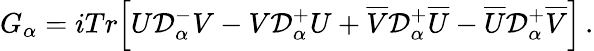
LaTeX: G_{\alpha}=iTr\Big[U{\cal D}_{\alpha}^{-}V-V{\cal D}_{\alpha}^{+}U+\overline{{V}}{\cal D}_{\alpha}^{+}\overline{{U}}-\overline{{U}}{\cal D}_{\alpha}^{+}\overline{{V}}\Big]\, .